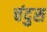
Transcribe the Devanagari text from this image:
चंदुस